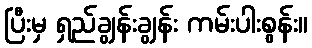
ပြီးမှ ရှည်ချွန်းချွန်း ကမ်းပါးစွန်း။